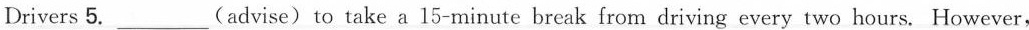
Drivers 5. ___ (advise) to take a 15-minute break from driving every two hours. However,